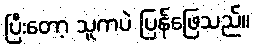
ပြီးတော့ သူကပဲ ပြန်ဖြေသည်။